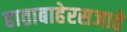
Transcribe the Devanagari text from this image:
हाताबाहेरसजाते